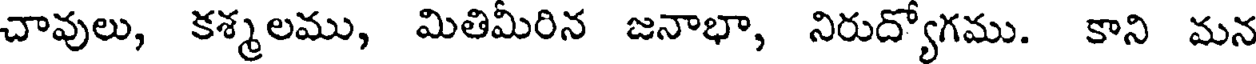
చావులు, కశ్మలము, మితిమీరిన జనాభా, నిరుద్యోగము. కాని మన